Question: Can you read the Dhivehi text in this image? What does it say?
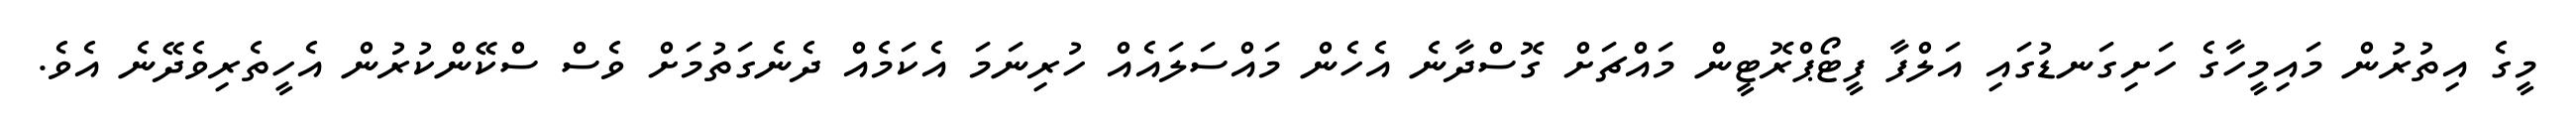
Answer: މީގެ އިތުރުން މައިމީހާގެ ހަށިގަނޑުގައި އަލްފާ ފީޓޯޕްރޮޓީން މައްޗަށް ގޮސްދާނެ އެހެން މައްސަލައެއް ހުރިނަމަ އެކަމެއް ދެނެގަތުމަށް ވެސް ސްކޭންކުރުން އެހީތެރިވެދޭނެ އެވެ.